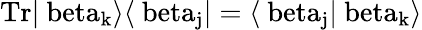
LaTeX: \mathrm{{Tr}\vert\ beta_{k}\rangle\langle\ beta_{j}\vert=\langle\ beta_{j}\vert\ beta_{k}\rangle}